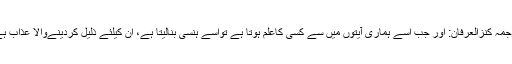
ترجمۂ کنزُالعِرفان: اور جب اسے ہماری آیتوں میں سے کسی کاعلم ہوتا ہے تواسے ہنسی بنالیتا ہے، ان کیلئے ذلیل کردینےوالا عذاب ہے۔